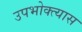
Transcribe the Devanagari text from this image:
उपभोक्त्यास